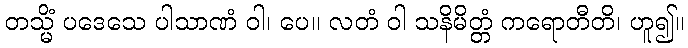
တသ္မိံ ပဒေသေ ပါသာဏံ ဝါ၊ ပေ။ လတံ ဝါ သနိမိတ္တံ ကရောတီတိ၊ ဟူ၍။